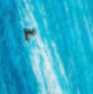
٣